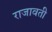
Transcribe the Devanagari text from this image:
राजावती